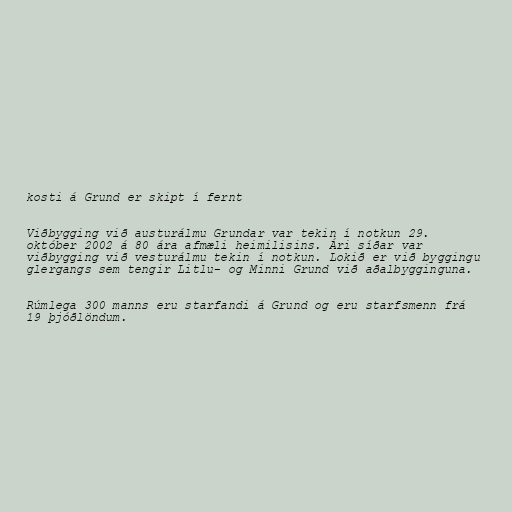
kosti á Grund er skipt í fernt

Viðbygging við austurálmu Grundar var tekin í notkun 29.
október 2002 á 80 ára afmæli heimilisins. Ári síðar var
viðbygging við vesturálmu tekin í notkun. Lokið er við byggingu
glergangs sem tengir Litlu- og Minni Grund við aðalbygginguna.

Rúmlega 300 manns eru starfandi á Grund og eru starfsmenn frá
19 þjóðlöndum.